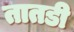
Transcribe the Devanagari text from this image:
तातडी